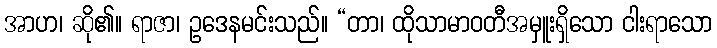
အာဟ၊ ဆို၏။ ရာဇာ၊ ဥဒေနမင်းသည်။ “တာ၊ ထိုသာမာဝတီအမှူးရှိသော ငါးရာသော